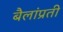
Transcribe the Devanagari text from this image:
बैलांप्रती